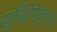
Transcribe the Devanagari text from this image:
सुचिटेपेकुएज़